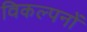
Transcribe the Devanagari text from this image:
विकल्पनों